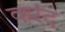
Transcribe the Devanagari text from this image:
करंद